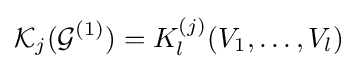
{\mathcal {K}}_{j}({\mathcal {G}}^{(1)})=K_{l}^{(j)}(V_{1},\ldots ,V_{l})